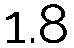
1.8